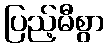
ပြည့်မီစွာ